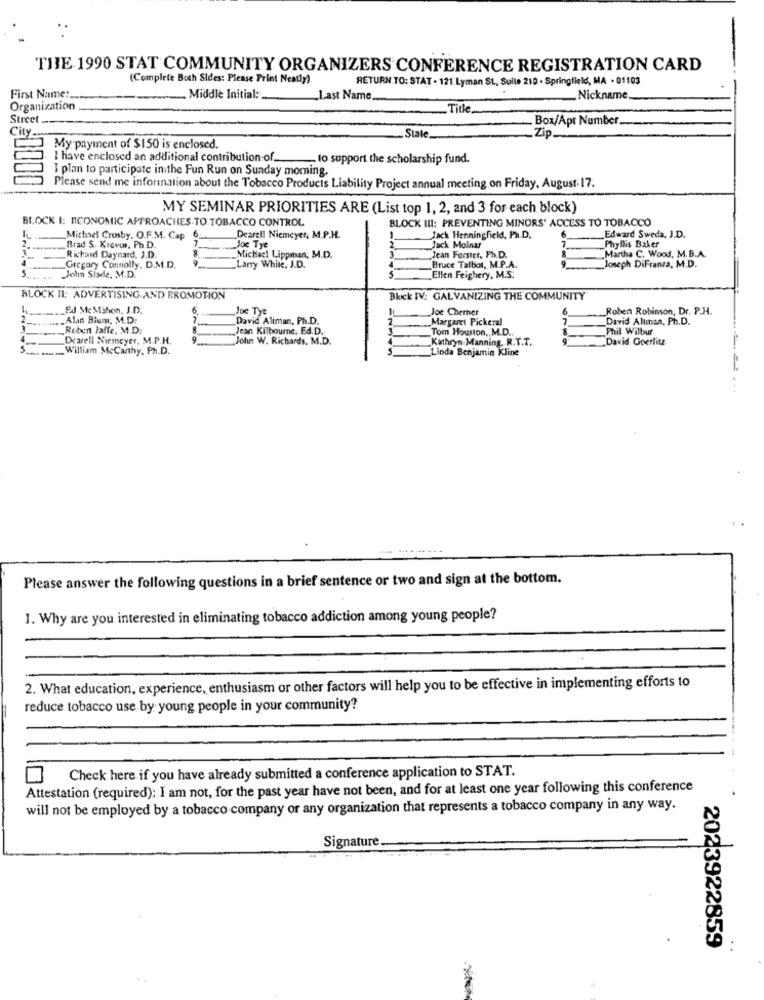
THE 1990 STAT COMMUNITY ORGANIZERS CONFERENCE REGISTRATION CARD
(Complete Both Sides: Please Print Neatly)
RETURN TO: STAT . 121. Lyman St ., Sulle 210 - Springfield, MA - 01103
First Name:
Middle Initial:
Last Name
_Nickname
Organization
Title
Street
Box/Apt Number
City
State_
Zip.
My payment of $150 is enclosed.
I have enclosed an additional contribution of.
to support the scholarship fund.
I plan to participate inithe Fun Run on Sunday moming.
Please send me information about the Tobacco Products Liability Project annual meeting on Friday, August 17.
MY SEMINAR PRIORITIES ARE (List top 1, 2, and 3 for each block)
BLOCK I: ECONOMIC APPROACHES.TO TOBACCO CONTROL
BLOCK III: PREVENTING MINORS' ACCESS TO TOBACCO
6
Michael Crosby, O.F.M. Cap
7
Dearell Niemeyer, M.P.H.
Jack Henningfield, Ph.D.
Edward Sweda, J.D.
Brad S. Krovor, Ph.D.
Joe Tye
Jack Molnar
7
Martha C. Wood, M.B.A.
Phyllis Baker
Richard Daynard, J.D.
9
„Michacl Lippman, M.D.
Jean Forster, Ph.D.
5
Gregory Connolly. D.M.D.
John Siade, M.D.
Larry White, J.D.
Bruce Talbot, M.P.A.
9
Joseph DiFransa, M.D.
S
Ellen Feighery, M.S.
BLOCK II: ADVERTISING AND PROMOTION
Blick IV: GALVANIZING THE COMMUNITY
Ed McMahon, J.D.
6
Joe Tye
Joe Cherner
Roben Robinson, Dr. P.H.
.Alan Bium; M.D.
7
David Aliman, Ph.D.
Margaret Pickeral
7
David Allinan, Ph.D.
Robert Jaffe, M.D.
Jean Kilbourne. Ed.D.
Tom Houston ,, M.D .,
Phil Wilbur
4
Dearell Niemeyer, M.P.H.
John W. Richards, M.D.
Kathryn-Manning. R.T.T.
David Goerlitz
5.
---
William McCarthy, Ph.D.
Linda Benjamin Kline
Please answer the following questions in a brief sentence or two and sign at the bottom.
1. Why are you interested in eliminating tobacco addiction among young people?
2. What education, experience, enthusiasm or other factors will help you to be effective in implementing efforts to
reduce tobacco use by young people in your community?
Check here if you have already submitted a conference application to STAT.
Attestation (required): I am not, for the past year have not been, and for at least one year following this conference
will not be employed by a tobacco company or any organization that represents a tobacco company in any way.
Signature.
2023922859